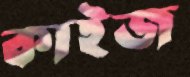
কাইজ